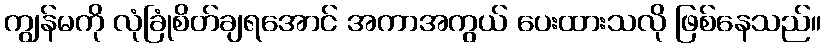
ကျွန်မကို လုံခြုံစိတ်ချရအောင် အကာအကွယ် ပေးထားသလို ဖြစ်နေသည်။